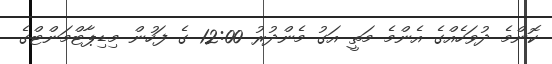
ކޮންމެ ދުވަހެއްގެ އެންމެ މަތީ އަގު މެންދުރު 12:00 ގެ ފަހުން މިޑިޕާޓްމަންޓްގެ